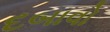
દબાવો